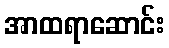
အာထရာဆောင်း